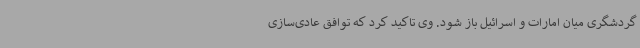
گردشگری میان امارات و اسرائیل باز شود. وی تاکید کرد که توافق عادی‌سازی